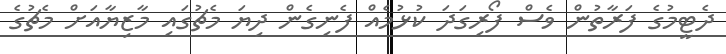
ދެޓީމުގެ ފަރާތުން ވެސް ފޯރިގަދަ ކުޅުމެއް ފެނިގެން ދިޔަ މެޗުގައި މާޒިޔާއަށް މެޗުގެ